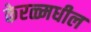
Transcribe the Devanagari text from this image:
केरळ्मधील